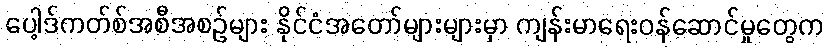
ပေါ့ဒ်ကတ်စ်အစီအစဉ်များ နိုင်ငံအတော်များများမှာ ကျန်းမာရေးဝန်ဆောင်မှုတွေက